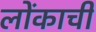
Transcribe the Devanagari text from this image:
लोंकाची